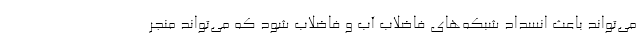
می‌تواند باعث انسداد شبکه‌های فاضلاب آب و فاضلاب شود که می‌تواند منجر